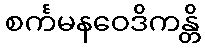
စင်္ကမနဝေဒိကန္တိ